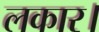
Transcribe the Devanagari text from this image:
लकार।